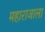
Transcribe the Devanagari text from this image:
महाराजाला